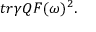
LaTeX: t r \gamma Q { \cal F } ( \omega ) ^ { 2 } .